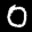
Label: 0